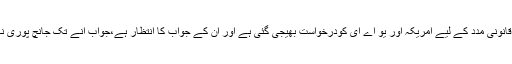
انہوں نے کہا کہ قانونی مدد کے لیے امریکہ اور یو اے ای کودرخواست بھیجی گئی ہے اور ان کے جواب کا انتظار ہے،جواب آنے تک جانچ پوری نہیں کی جا سکتی۔